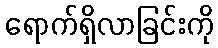
ရောက်ရှိလာခြင်းကို